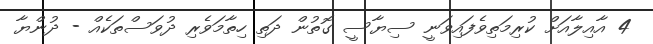
4 އާއިލާއަށް ކުރިމަތިވެފައިވަނީ ސިޔާސީ ގޮތުން ދަތި ހިތާމަވެރި ދުވަސްތަކެއް - ދުންޔާ